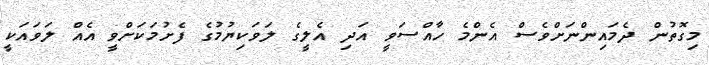
މިގޮތުން ދެމައިންނަށްވެސް އެންމެ ހާއްސަވީ އަދި އެލީގެ ލަވަކިޔުމުގެ ފެށުމަކަށްވީ އެއް ލަވައަކީ